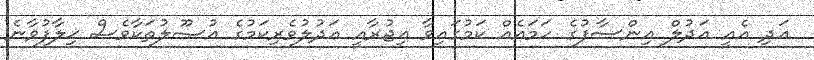
އަދި އެއީ އަދުލް އިންސާފުގެ ހަމައެއް ކަމުގައިވާ އިޖުރާއީ ޢަދުލުވެރިކަމުގެ އުޞޫލުތަކާވެސް ޚިލާފުވާނެ